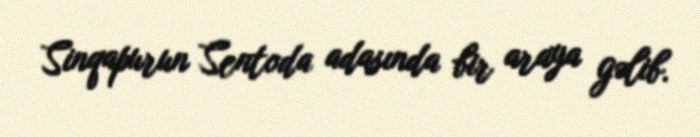
Sinqapurun Sentoda adasında bir araya gəlib.